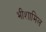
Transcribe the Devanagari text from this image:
भीशामिल